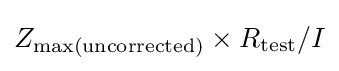
Z_{\rm {max(uncorrected)}}\times R_{\rm {test}}/I